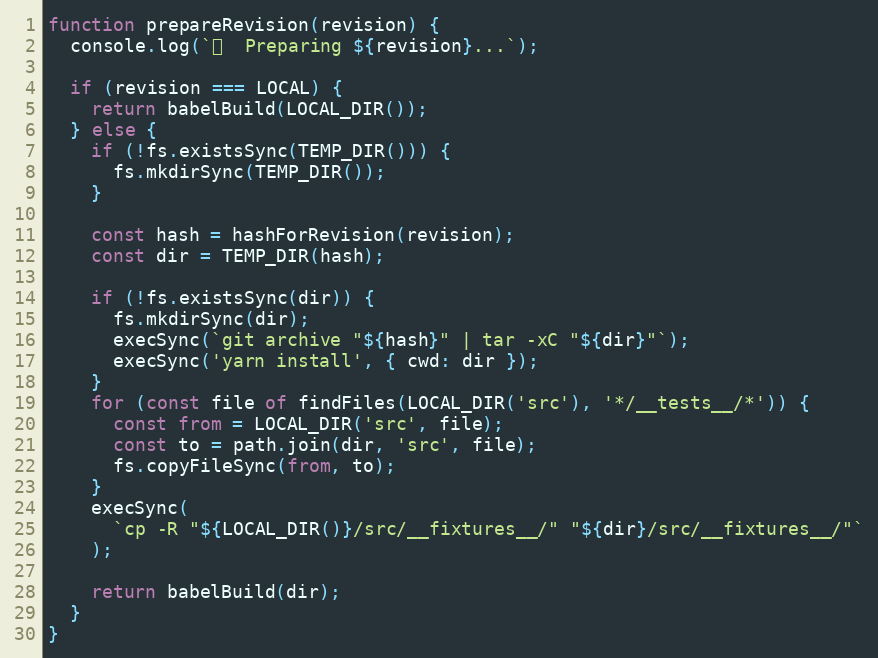
Language: JavaScript
function prepareRevision(revision) {
  console.log(`🍳  Preparing ${revision}...`);

  if (revision === LOCAL) {
    return babelBuild(LOCAL_DIR());
  } else {
    if (!fs.existsSync(TEMP_DIR())) {
      fs.mkdirSync(TEMP_DIR());
    }

    const hash = hashForRevision(revision);
    const dir = TEMP_DIR(hash);

    if (!fs.existsSync(dir)) {
      fs.mkdirSync(dir);
      execSync(`git archive "${hash}" | tar -xC "${dir}"`);
      execSync('yarn install', { cwd: dir });
    }
    for (const file of findFiles(LOCAL_DIR('src'), '*/__tests__/*')) {
      const from = LOCAL_DIR('src', file);
      const to = path.join(dir, 'src', file);
      fs.copyFileSync(from, to);
    }
    execSync(
      `cp -R "${LOCAL_DIR()}/src/__fixtures__/" "${dir}/src/__fixtures__/"`
    );

    return babelBuild(dir);
  }
}